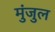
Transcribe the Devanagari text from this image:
मुंजुल